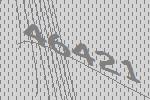
46421